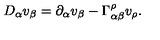
D _ { \alpha } v _ { \beta } = \partial _ { \alpha } v _ { \beta } - \Gamma _ { \alpha \beta } ^ { \rho } v _ { \rho } .